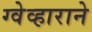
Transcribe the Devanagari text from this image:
ग्वेव्हाराने